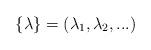
LaTeX: \begin{align*}\{ \lambda \} = (\lambda_1, \lambda_2, ...)\end{align*}